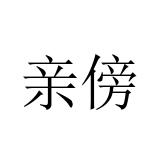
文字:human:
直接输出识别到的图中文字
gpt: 亲傍